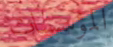
المؤسسات